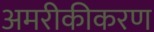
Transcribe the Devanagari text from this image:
अमरीकीकरण